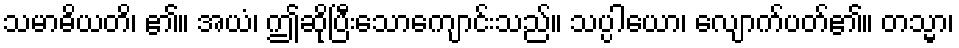
သမာဓိယတိ၊ ၏။ အယံ၊ ဤဆိုပြီးသောကျောင်းသည်။ သပ္ပါယော၊ လျောက်ပတ်၏။ တသ္မာ၊